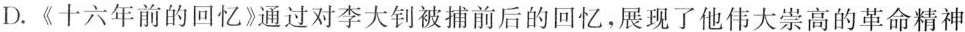
D.《十六年前的回忆》通过对李大钊被捕前后的回忆，展现了他伟大崇高的革命精神